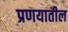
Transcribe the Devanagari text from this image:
प्रणयातील